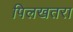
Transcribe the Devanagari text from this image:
पिलखतरा